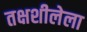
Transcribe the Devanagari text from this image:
तक्षशीलेला